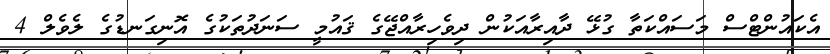
އެކައުންޓްސް މަސައްކަތާ ގުޅޭ ދާއިރާއަކުން ދިވެހިރާއްޖޭގެ ޤައުމީ ސަނަދުތަކުގެ އޮނިގަނޑުގެ ލެވެލް 4